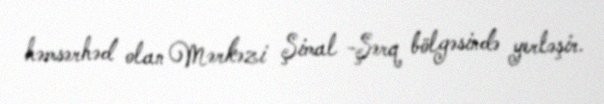
həmsərhəd olan Mərkəzi Şimal -Şərq bölgəsində yerləşir.